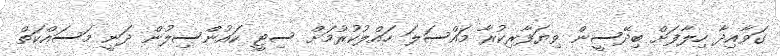
ގަވާއިދާ ހިލާފަށް ބިދޭސީން ވިޔަފާރިކުރާ މައްސަލަ ހައްލުކުރުމަށް ސިޓީ ކައުންސިލުން ދަނީ މަސައްކަތް